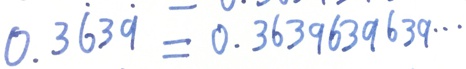
0 . 3 \dot { 6 } 3 \dot { 9 } = 0 . 3 6 3 9 6 3 9 6 3 9 \cdots